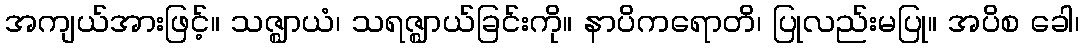
အကျယ်အားဖြင့်။ သဇ္ဈာယံ၊ သရဇ္ဈာယ်ခြင်းကို။ နာပိကရောတိ၊ ပြုလည်းမပြု။ အပိစ ခေါ၊